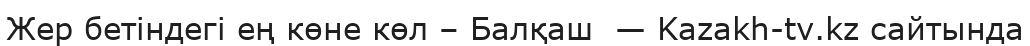
Жер бетіндегі ең көне көл – Балқаш  — Kazakh-tv.kz сайтында